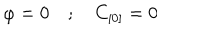
LaTeX: \varphi = 0 \quad ; \quad C _ { [ 0 ] } = 0